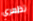
تظهري